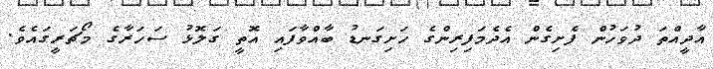
އާދީއްތަ ދުވަހުން ފެށިގެން އެދެމަފިރިންގެ ހަށިގަނޑު ބާއްވާފައި އޮތީ ގަލޮޅު ސަހަރާގެ މޯޗަރީގައެވެ.